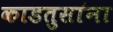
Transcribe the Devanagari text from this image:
काडतुसांना